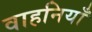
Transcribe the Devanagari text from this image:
वाहनियाँ